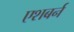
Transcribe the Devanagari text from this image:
एशबर्न